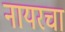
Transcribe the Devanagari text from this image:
नायरचा